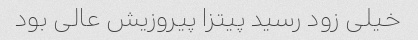
خیلی زود رسید پیتزا پیروزیش عالی بود